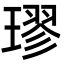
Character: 璆